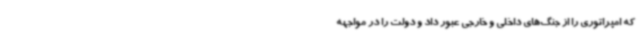
که امپراتوری را از جنگ‌های داخلی و خارجی عبور داد و دولت را در مواجهه